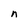
Character: n